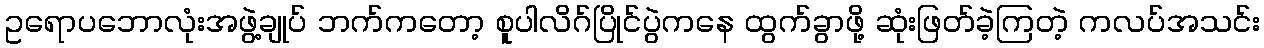
ဥရောပဘောလုံးအဖွဲ့ချုပ် ဘက်ကတော့ စူပါလိဂ်ပြိုင်ပွဲကနေ ထွက်ခွာဖို့ ဆုံးဖြတ်ခဲ့ကြတဲ့ ကလပ်အသင်း